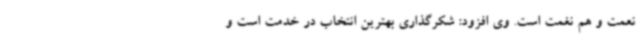
نعمت و هم نغمت است. وی افزود: شکرگذاری بهترین انتخاب در خدمت است و